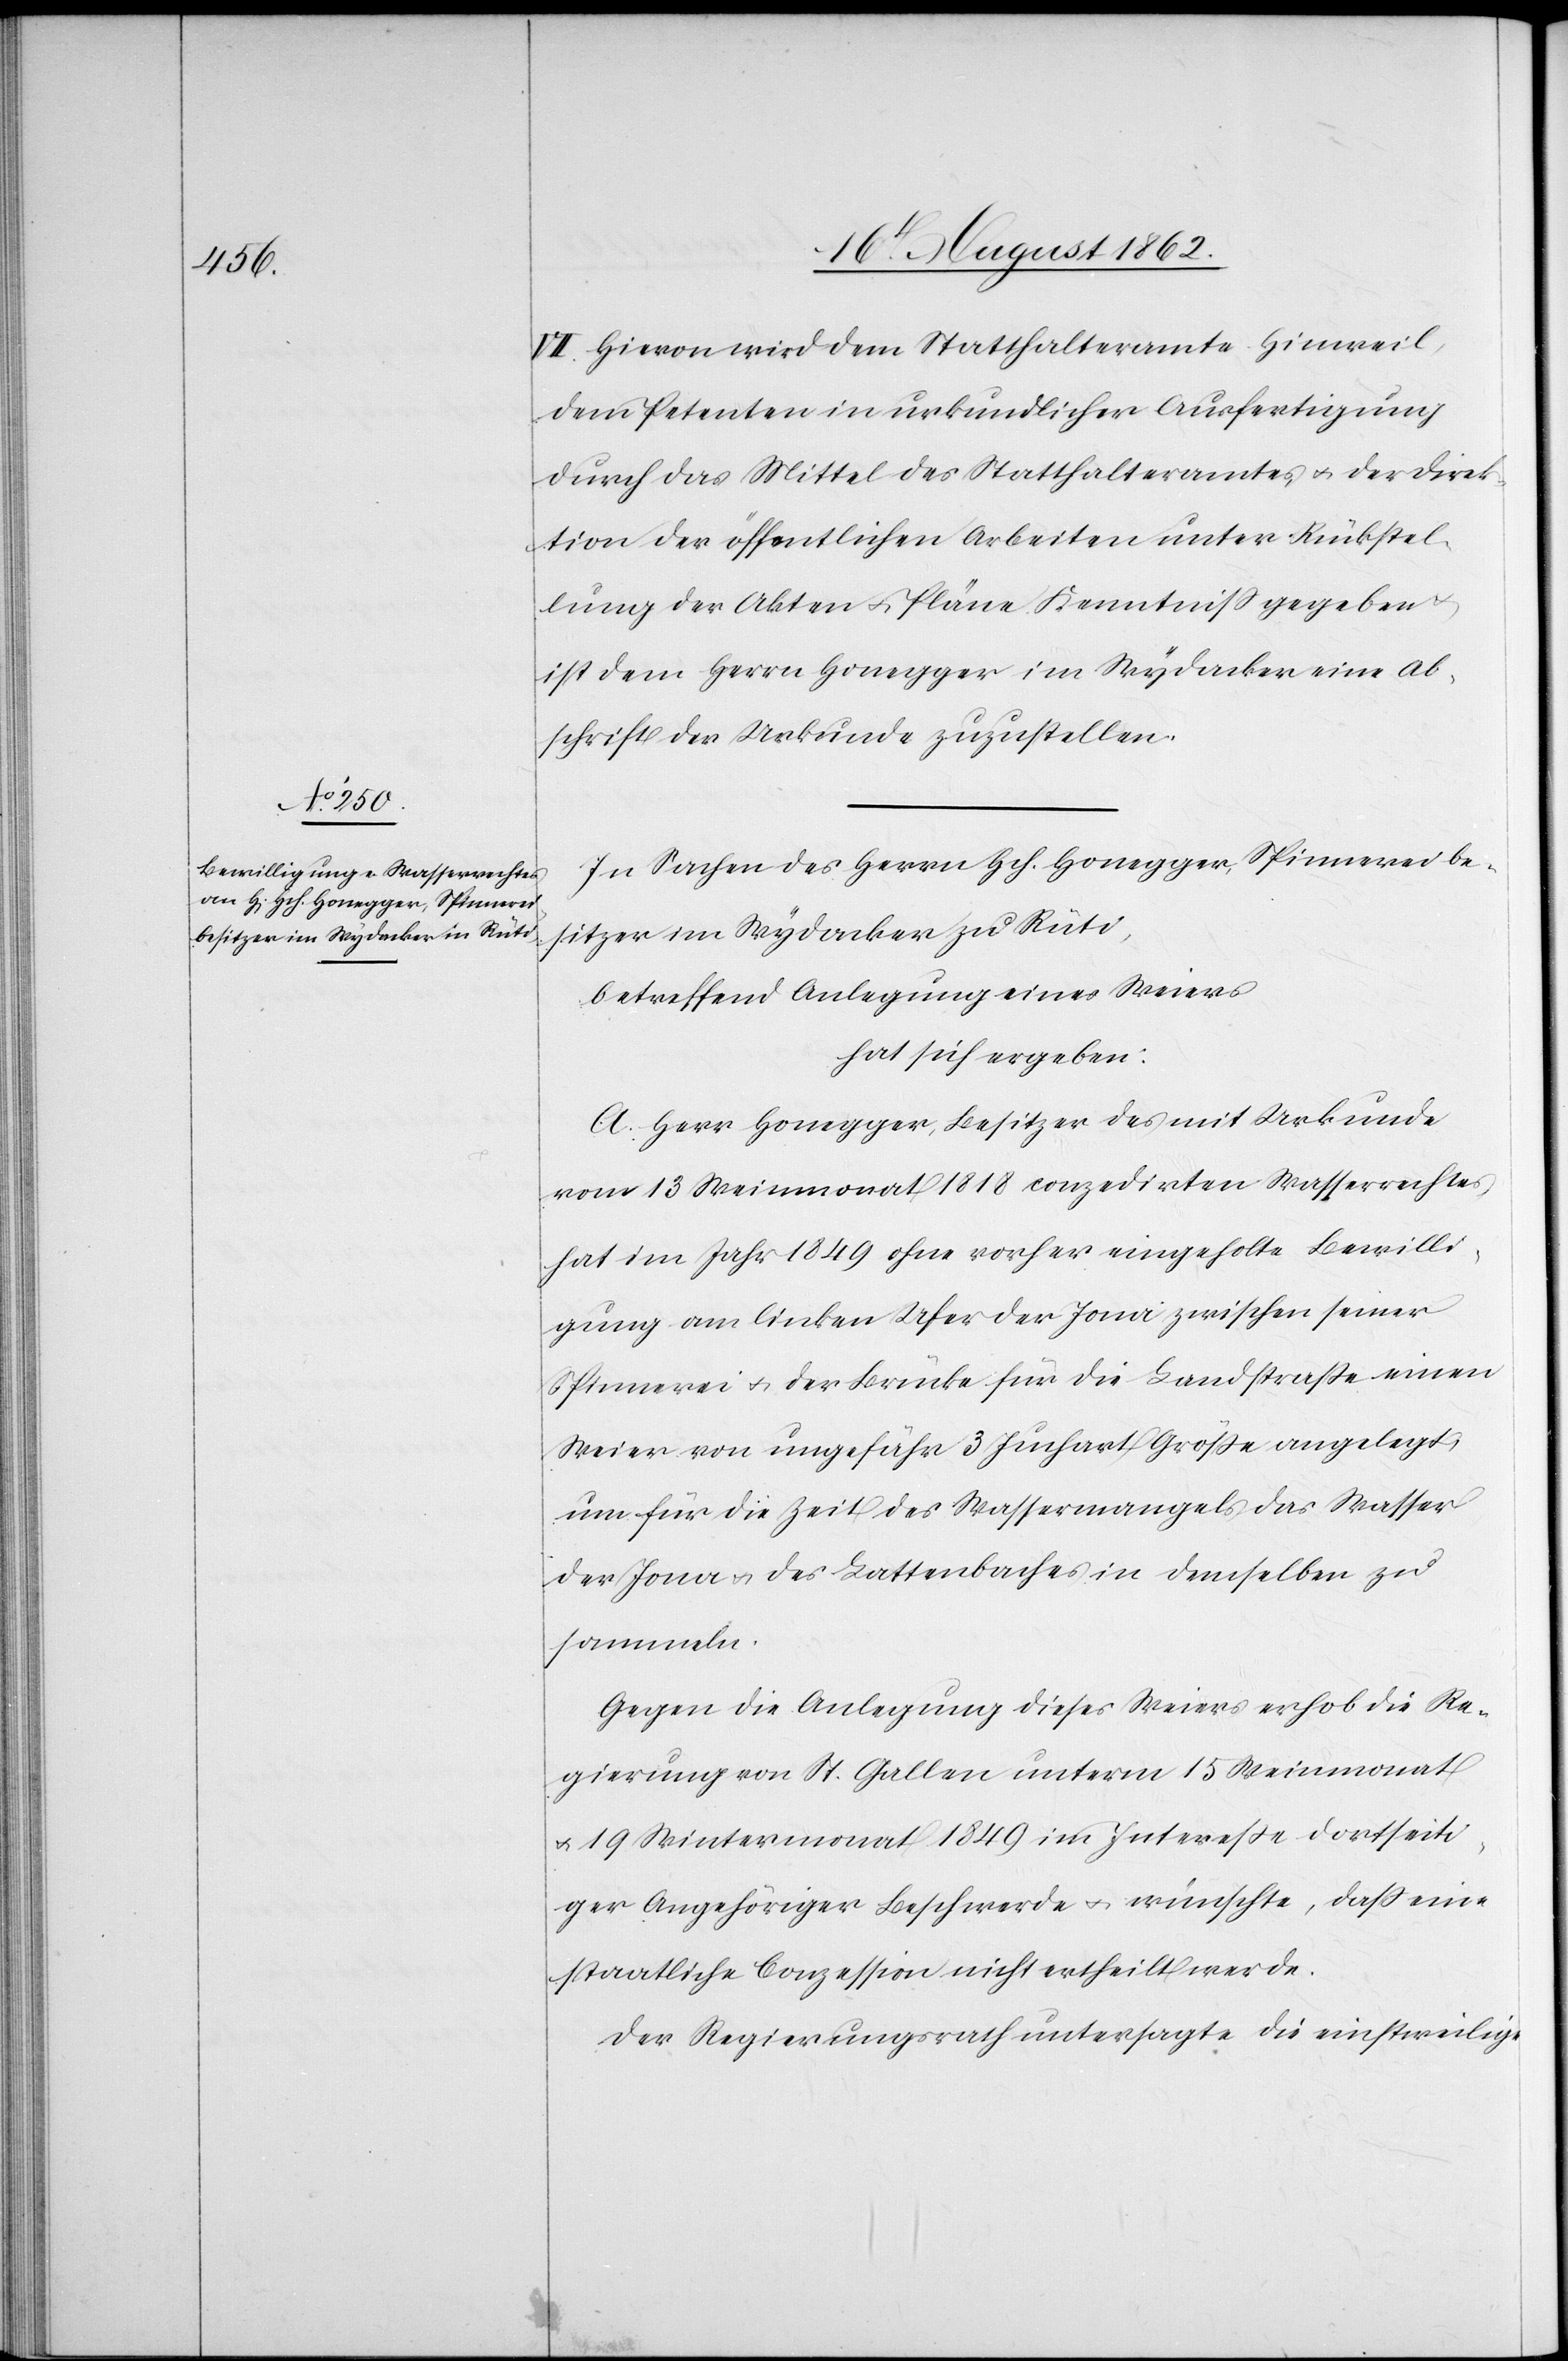
VII. Hievon wird dem Statthalteramte Hinweil,
dem Petenten in urkundlicher Ausfertigung
durch das Mittel des Statthalteramtes u. der Direk¬
tion der öffentlichen Arbeiten unter Rückstel¬
lung der Akten u. Pläne Kenntniß gegeben
ist dem Herrn Honegger im Wydacker eine Ab¬
schrift der Urkunde zuzustellen.
In Sachen des Herrn Hch. Honegger, Spinnereibe¬
sitzer im Wydacker zu Rüti,
betreffend Anlegung eines Weiers
hat sich ergeben:
A. Herr Honegger, Besitzer des mit Urkunde
vom 13. Weinmonat 1818 conzedirten Wasserrechtes,
hat im Jahr 1849 ohne vorher eingeholte Bewilli¬
gung am linken Ufer der Jona zwischen seiner
Spinnerei u. der Brücke für die Landstraße einen
Weier von ungefähr 3 Juchart Größe angelegt,
um für die Zeit des Wassermangels das Wasser
der Jona u. des Lattenbaches in demselben zu
sammeln.
Gegen die Anlegung dieses Weiers erhob die Re¬
gierung von St. Gallen unterm 15. Weinmonat
u. 19. Wintermonat 1849 im Intereße dortseiti¬
ger Angehöriger Beschwerde u. wünschte, daß eine
staatliche Conzession nicht ertheilt werde.
Der Regierungsrath untersagte die einstweilige